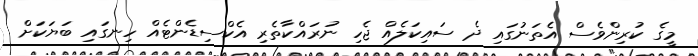
މީގެ ކުރިންވެސް އެތަނުގައި ދެ ސައިކަލެއް ޖެހި ނުރައްކާތެރި އެކްސިޑެންޓެއް ހިނގައި ބަޔަކަށް